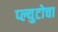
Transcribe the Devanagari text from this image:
प्ल्युटोचा